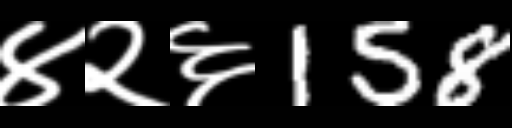
Text: ४२६158